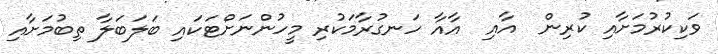
ވަކިކުރުމަށާއި ކުރިން  އާއި  އާއާ ހަނގުރާމަކުރި މީހުންނަށްޓަކައި ބަލަބަލާ ތިބުމަށާއި